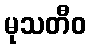
မုသတီဝ